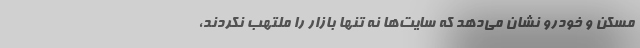
مسکن و خودرو نشان می‌دهد که سایت‌ها نه تنها بازار را ملتهب نکردند،